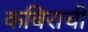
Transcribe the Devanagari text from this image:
कबिराची